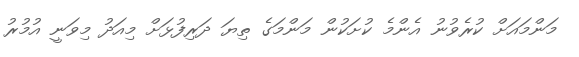
މަންމައަށް ކުރެވުނު އެންމެ ކުށަކުން މަންމަަގެ ތިޔަ ދަރިފުޅަށް މިއަދު މިވަނީ އުމުރު